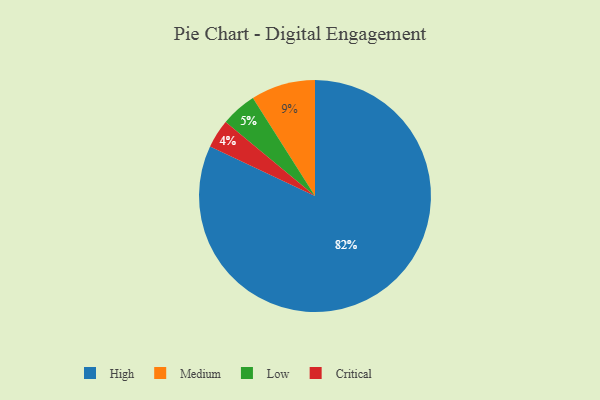
{"axis": {"x": "Category", "y": "Percentage"}, "legend": ["Critical", "High", "Low", "Medium"], "data": [{"x": "Medium", "y": 9, "type": "Medium"}, {"x": "Low", "y": 5, "type": "Low"}, {"x": "Critical", "y": 4, "type": "Critical"}, {"x": "High", "y": 82, "type": "High"}]}